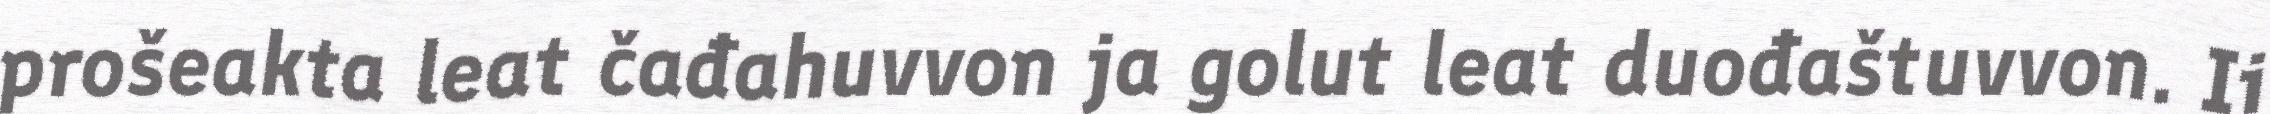
prošeakta leat čađahuvvon ja golut leat duođaštuvvon. Ii